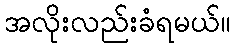
အလိုးလည်းခံရမယ်။